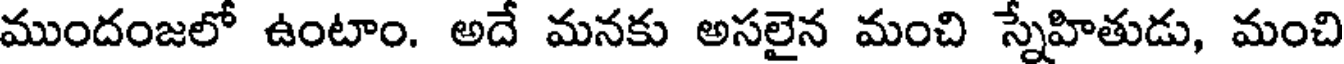
ముందంజలో ఉంటాం. అదే మనకు అసలైన మంచి స్నేహితుడు, మంచి